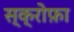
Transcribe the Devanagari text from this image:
स्क्रोफ़ा